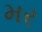
મર